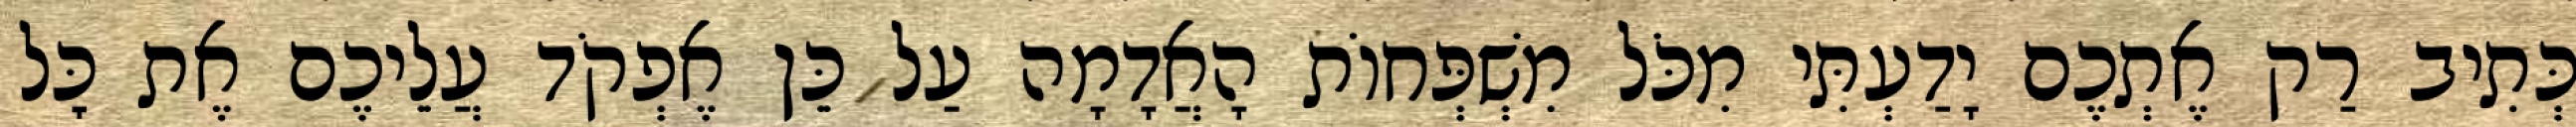
כְּתִיב רַק אֶתְכֶם יָדַעְתִּי מִכֹּל מִשְׁפְּחוֹת הָאֲדָמָה עַל כֵּן אֶפְקֹד עֲלֵיכֶם אֶת כׇּל